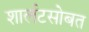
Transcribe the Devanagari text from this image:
शार्लटसोबत